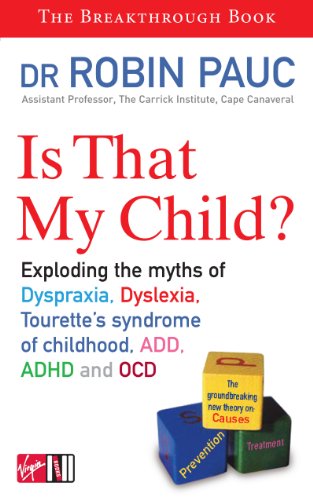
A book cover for Is That My Child?: A Parents Guide to Dyspraxia, Dyslexia, ADD, ADHD, OCD and Tourette's Syndrome of Childhood; ROBIN PAUC; Health, Fitness & Dieting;